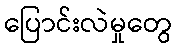
ပြောင်းလဲမှုတွေ